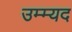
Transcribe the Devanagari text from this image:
उम्म्यद